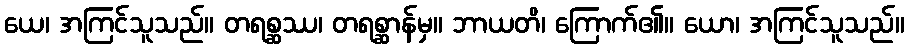
ယေ၊ အကြင်သူသည်။ တရစ္ဆဿ၊ တရစ္ဆာန်မှ။ ဘာယတိ၊ ကြောက်၏။ ယော၊ အကြင်သူသည်။